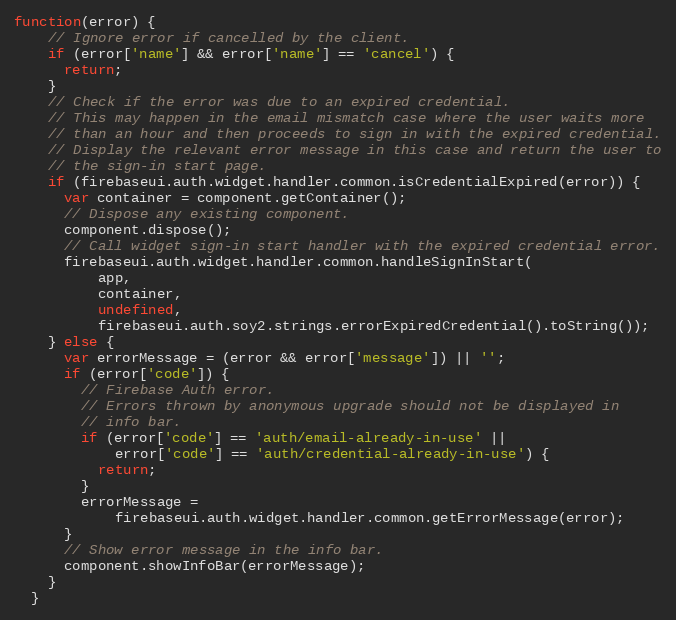
Language: JavaScript
function(error) {
    // Ignore error if cancelled by the client.
    if (error['name'] && error['name'] == 'cancel') {
      return;
    }
    // Check if the error was due to an expired credential.
    // This may happen in the email mismatch case where the user waits more
    // than an hour and then proceeds to sign in with the expired credential.
    // Display the relevant error message in this case and return the user to
    // the sign-in start page.
    if (firebaseui.auth.widget.handler.common.isCredentialExpired(error)) {
      var container = component.getContainer();
      // Dispose any existing component.
      component.dispose();
      // Call widget sign-in start handler with the expired credential error.
      firebaseui.auth.widget.handler.common.handleSignInStart(
          app,
          container,
          undefined,
          firebaseui.auth.soy2.strings.errorExpiredCredential().toString());
    } else {
      var errorMessage = (error && error['message']) || '';
      if (error['code']) {
        // Firebase Auth error.
        // Errors thrown by anonymous upgrade should not be displayed in
        // info bar.
        if (error['code'] == 'auth/email-already-in-use' ||
            error['code'] == 'auth/credential-already-in-use') {
          return;
        }
        errorMessage =
            firebaseui.auth.widget.handler.common.getErrorMessage(error);
      }
      // Show error message in the info bar.
      component.showInfoBar(errorMessage);
    }
  }